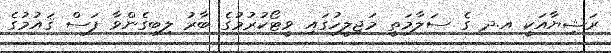
ރަޝިޔާއަކީ އ.ދ ގެ ސަލާމަތީ މަޖިލީހުގައި ވީޓޯކުރުމުގެ ބާރު ލިބިގެންވާ ފަސް ޤައުމުގެ